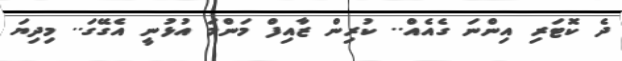
ދެ ކޮޓަރި އިންނަ ގެއެއް.. ކުރިން ޒާއިފް މަންމަ އުޅުނީ އެގޭގަ.. މިދިޔަ